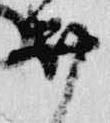
井